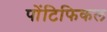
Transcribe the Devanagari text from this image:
पोंटिफिकल